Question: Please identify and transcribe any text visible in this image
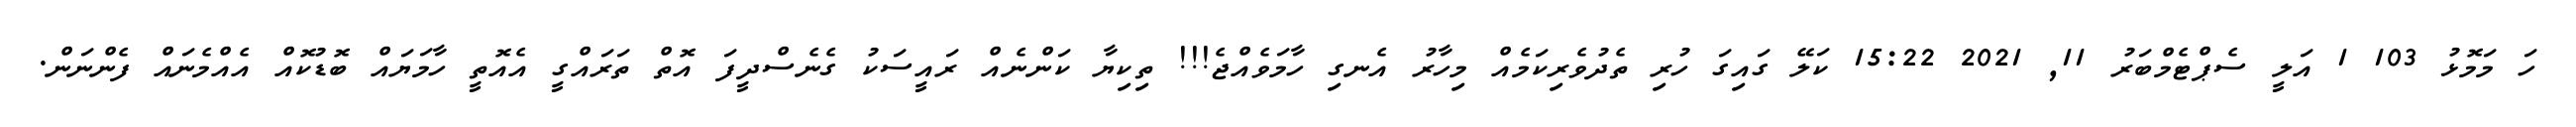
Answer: ހަ މަމޮޅު 103 1 އަލީ ސެޕްޓެމްބަރު 11, 2021 15:22 ކަލޭ ގައިގަ ހުރި ތެދުވެރިކަމެއް މިހާރު އެނގި ހާމަވެއްޖެ!!! ތިކިޔާ ކަންނެއް ރައީސަކު ގެނެސްދީފަ އޮތް ތަރައްގީ އެއޮތީ ހާމަޔައް ބޮޑުކޮއް އެއްމެނައް ފެންނަން.